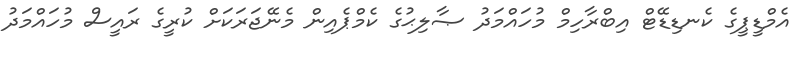
އެމްޑީޕީގެ ކެނޑިޑޭޓް އިބްރާހިމް މުހައްމަދު ޞާލިޙުގެ ކެމްޕެއިން މެނޭޖަރަކަށް ކުރީގެ ރައީސް މުހައްމަދު